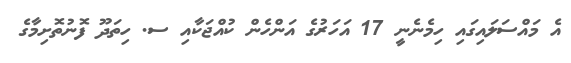
އެ މައްސަލައިގައި ހިމެނެނީ 17 އަހަރުގެ އަންހެން ކުއްޖަކާއި ސ. ހިތަދޫ ފޮނުތޮށިމާގެ